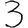
Digit: 3